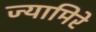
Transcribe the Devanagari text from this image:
ज्यामिरे